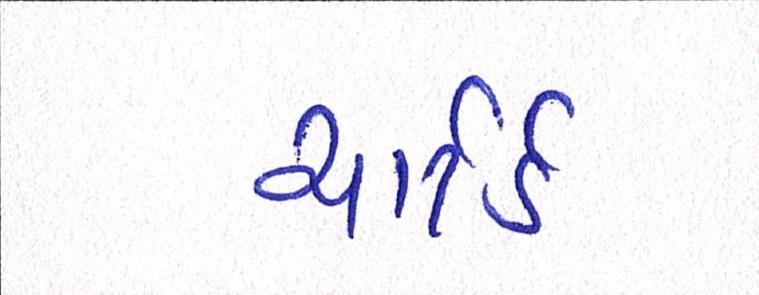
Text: ચાર્ટર્ડ